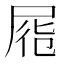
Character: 𡱹